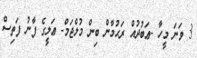
3 ވަނަ މީހާ -ޢަބުދުއް ރަޙުމާން ބިން މުލްޖަމް- ޢަލީގެ ފާނު ފަތިސް